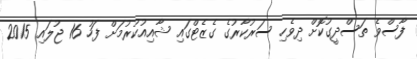
ފާސްވެ ތަސްދީގުކޮށް ދިވެހި ސަރުކާރުގެ ގެޒެޓްގައި ޝާއިއުކުރުމަށް ފަހު 16 ޖުލައި 2015